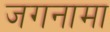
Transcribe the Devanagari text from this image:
जगनामा